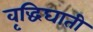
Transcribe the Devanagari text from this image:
वृद्धिघाती